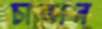
চাভান